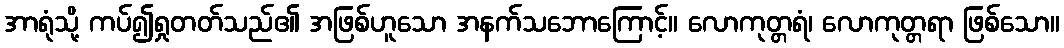
အာရုံသို့ ကပ်၍ရှုတတ်သည်၏ အဖြစ်ဟူသော အနက်သဘောကြောင့်။ လောကုတ္တရံ၊ လောကုတ္တရာ ဖြစ်သော။